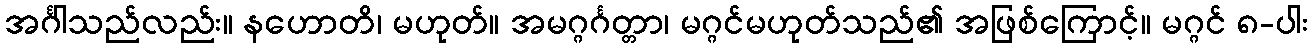
အင်္ဂါသည်လည်း။ နဟောတိ၊ မဟုတ်။ အမဂ္ဂင်္ဂတ္တာ၊ မဂ္ဂင်မဟုတ်သည်၏ အဖြစ်ကြောင့်။ မဂ္ဂင် ၈-ပါး